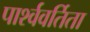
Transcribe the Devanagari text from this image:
पार्श्ववर्तिता